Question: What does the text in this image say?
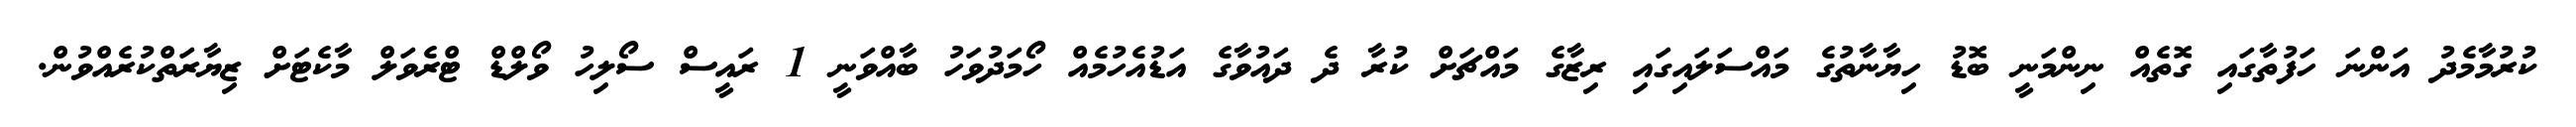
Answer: ކުރުމާމެދު އަންނަ ހަފުތާގައި ގޮތެއް ނިންމަނީ ބޮޑު ހިޔާނާތުގެ މައްސަލައިގައި ރިޒާގެ މައްޗަށް ކުރާ ދެ ދައުވާގެ އަޑުއެހުމެއް ހޯމަދުވަހު ބާއްވަނީ 1 ރައީސް ސޯލިހު ވޯލްޑް ޓްރެވަލް މާކެޓަށް ޒިޔާރަތްކުރެއްވުން.